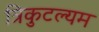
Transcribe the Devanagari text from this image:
त्रिकुटल्यम